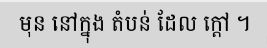
មុន នៅក្នុង តំបន់ ដែល ក្តៅ ។